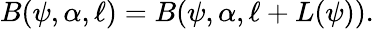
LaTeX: \begin{array}{r}{B(\psi,\alpha,\ell)=B(\psi,\alpha,\ell+L(\psi)).}\end{array}